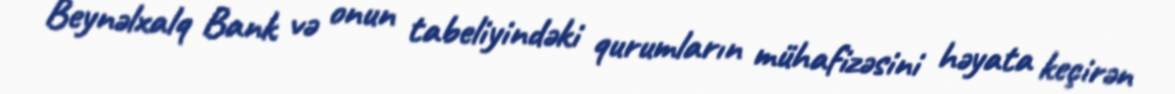
Beynəlxalq Bank və onun tabeliyindəki qurumların mühafizəsini həyata keçirən